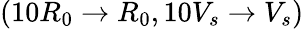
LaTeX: (10R_{0}\to R_{0},10V_{s}\to V_{s})